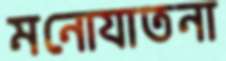
মনোযাতনা